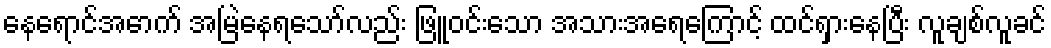
နေရောင်အောက် အမြဲနေရသော်လည်း ဖြူဝင်းသော အသားအရေကြောင့် ထင်ရှားနေပြီး လူချစ်လူခင်